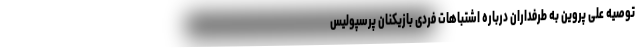
توصیه علی پروین به طرفداران درباره اشتباهات فردی بازیکنان پرسپولیس